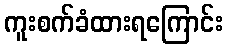
ကူးစက်ခံထားရကြောင်း